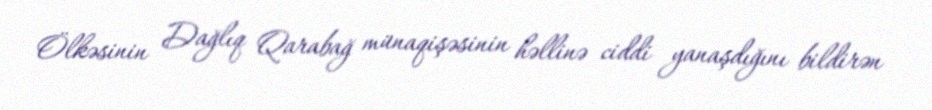
Ölkəsinin Dağlıq Qarabağ münaqişəsinin həllinə ciddi yanaşdığını bildirən